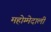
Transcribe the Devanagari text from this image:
महोम्मेदाली